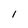
Character: 1